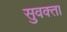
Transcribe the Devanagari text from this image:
सुवक्‍ता